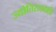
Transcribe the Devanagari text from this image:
ज्योतिराख्याहि